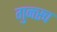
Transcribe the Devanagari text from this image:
गुन्त्स्च